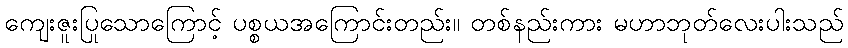
ကျေးဇူးပြုသောကြောင့် ပစ္စယအကြောင်းတည်း။ တစ်နည်းကား မဟာဘုတ်လေးပါးသည်